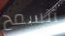
أتسمح